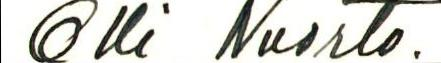
Olli Nuorto.